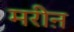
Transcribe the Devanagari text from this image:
मरीऩ